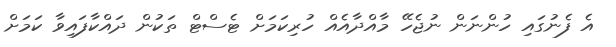
އެ ފެނުގައި ހުންނަން ނުޖެހޭ މާއްދާއެއް ހުރިކަމަށް ޓެސްޓް ތަކުން ދައްކާފައިވާ ކަމަށް